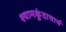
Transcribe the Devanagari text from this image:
श्यामकुंदाचार्य